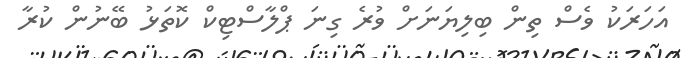
އަހަރަކު ވެސް ތިން ބިލިޔަނަށް ވުރެ ގިނަ ޕްލާސްޓިކް ކޮތަޅު ބޭނުން ކުރާ